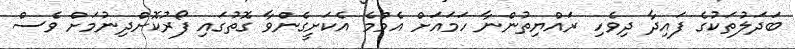
ބަދަލުތަކުގެ ފައިދާ ދިވެހި ރައްޔިތުންނާ ހަމައަށް އެމްމެ އެކަށީގެންވާ ގޮތުގައި ފޯރުކޮށްދިނުމަށް ވެސް